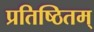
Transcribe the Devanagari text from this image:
प्रतिष्ठितम्